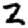
Digit: 2